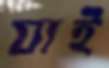
যাই